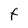
Character: f